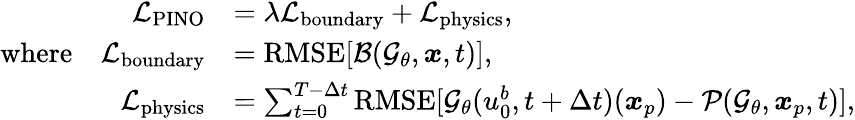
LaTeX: \begin{array}{rl}{\mathcal{L}_{\operatorname{PINO}}}&{=\lambda\mathcal{L}_{\operatorname{boundary}}+\mathcal{L}_{\operatorname{physics}},}\\ {\mathrm{where}\quad\mathcal{L}_{\operatorname{boundary}}}&{=\operatorname{RMSE}[\mathcal{B}(\mathcal{G}_{\theta},\boldsymbol{x},t)],}\\ {\mathcal{L}_{\operatorname{physics}}}&{=\sum_{t=0}^{T-\Delta t}\operatorname{RMSE}[\mathcal{G}_{\theta}(u_{0}^{b},t+\Delta t)(\boldsymbol{x}_{p})-\mathcal{P}(\mathcal{G}_{\theta},\boldsymbol{x}_{p},t)],}\end{array}